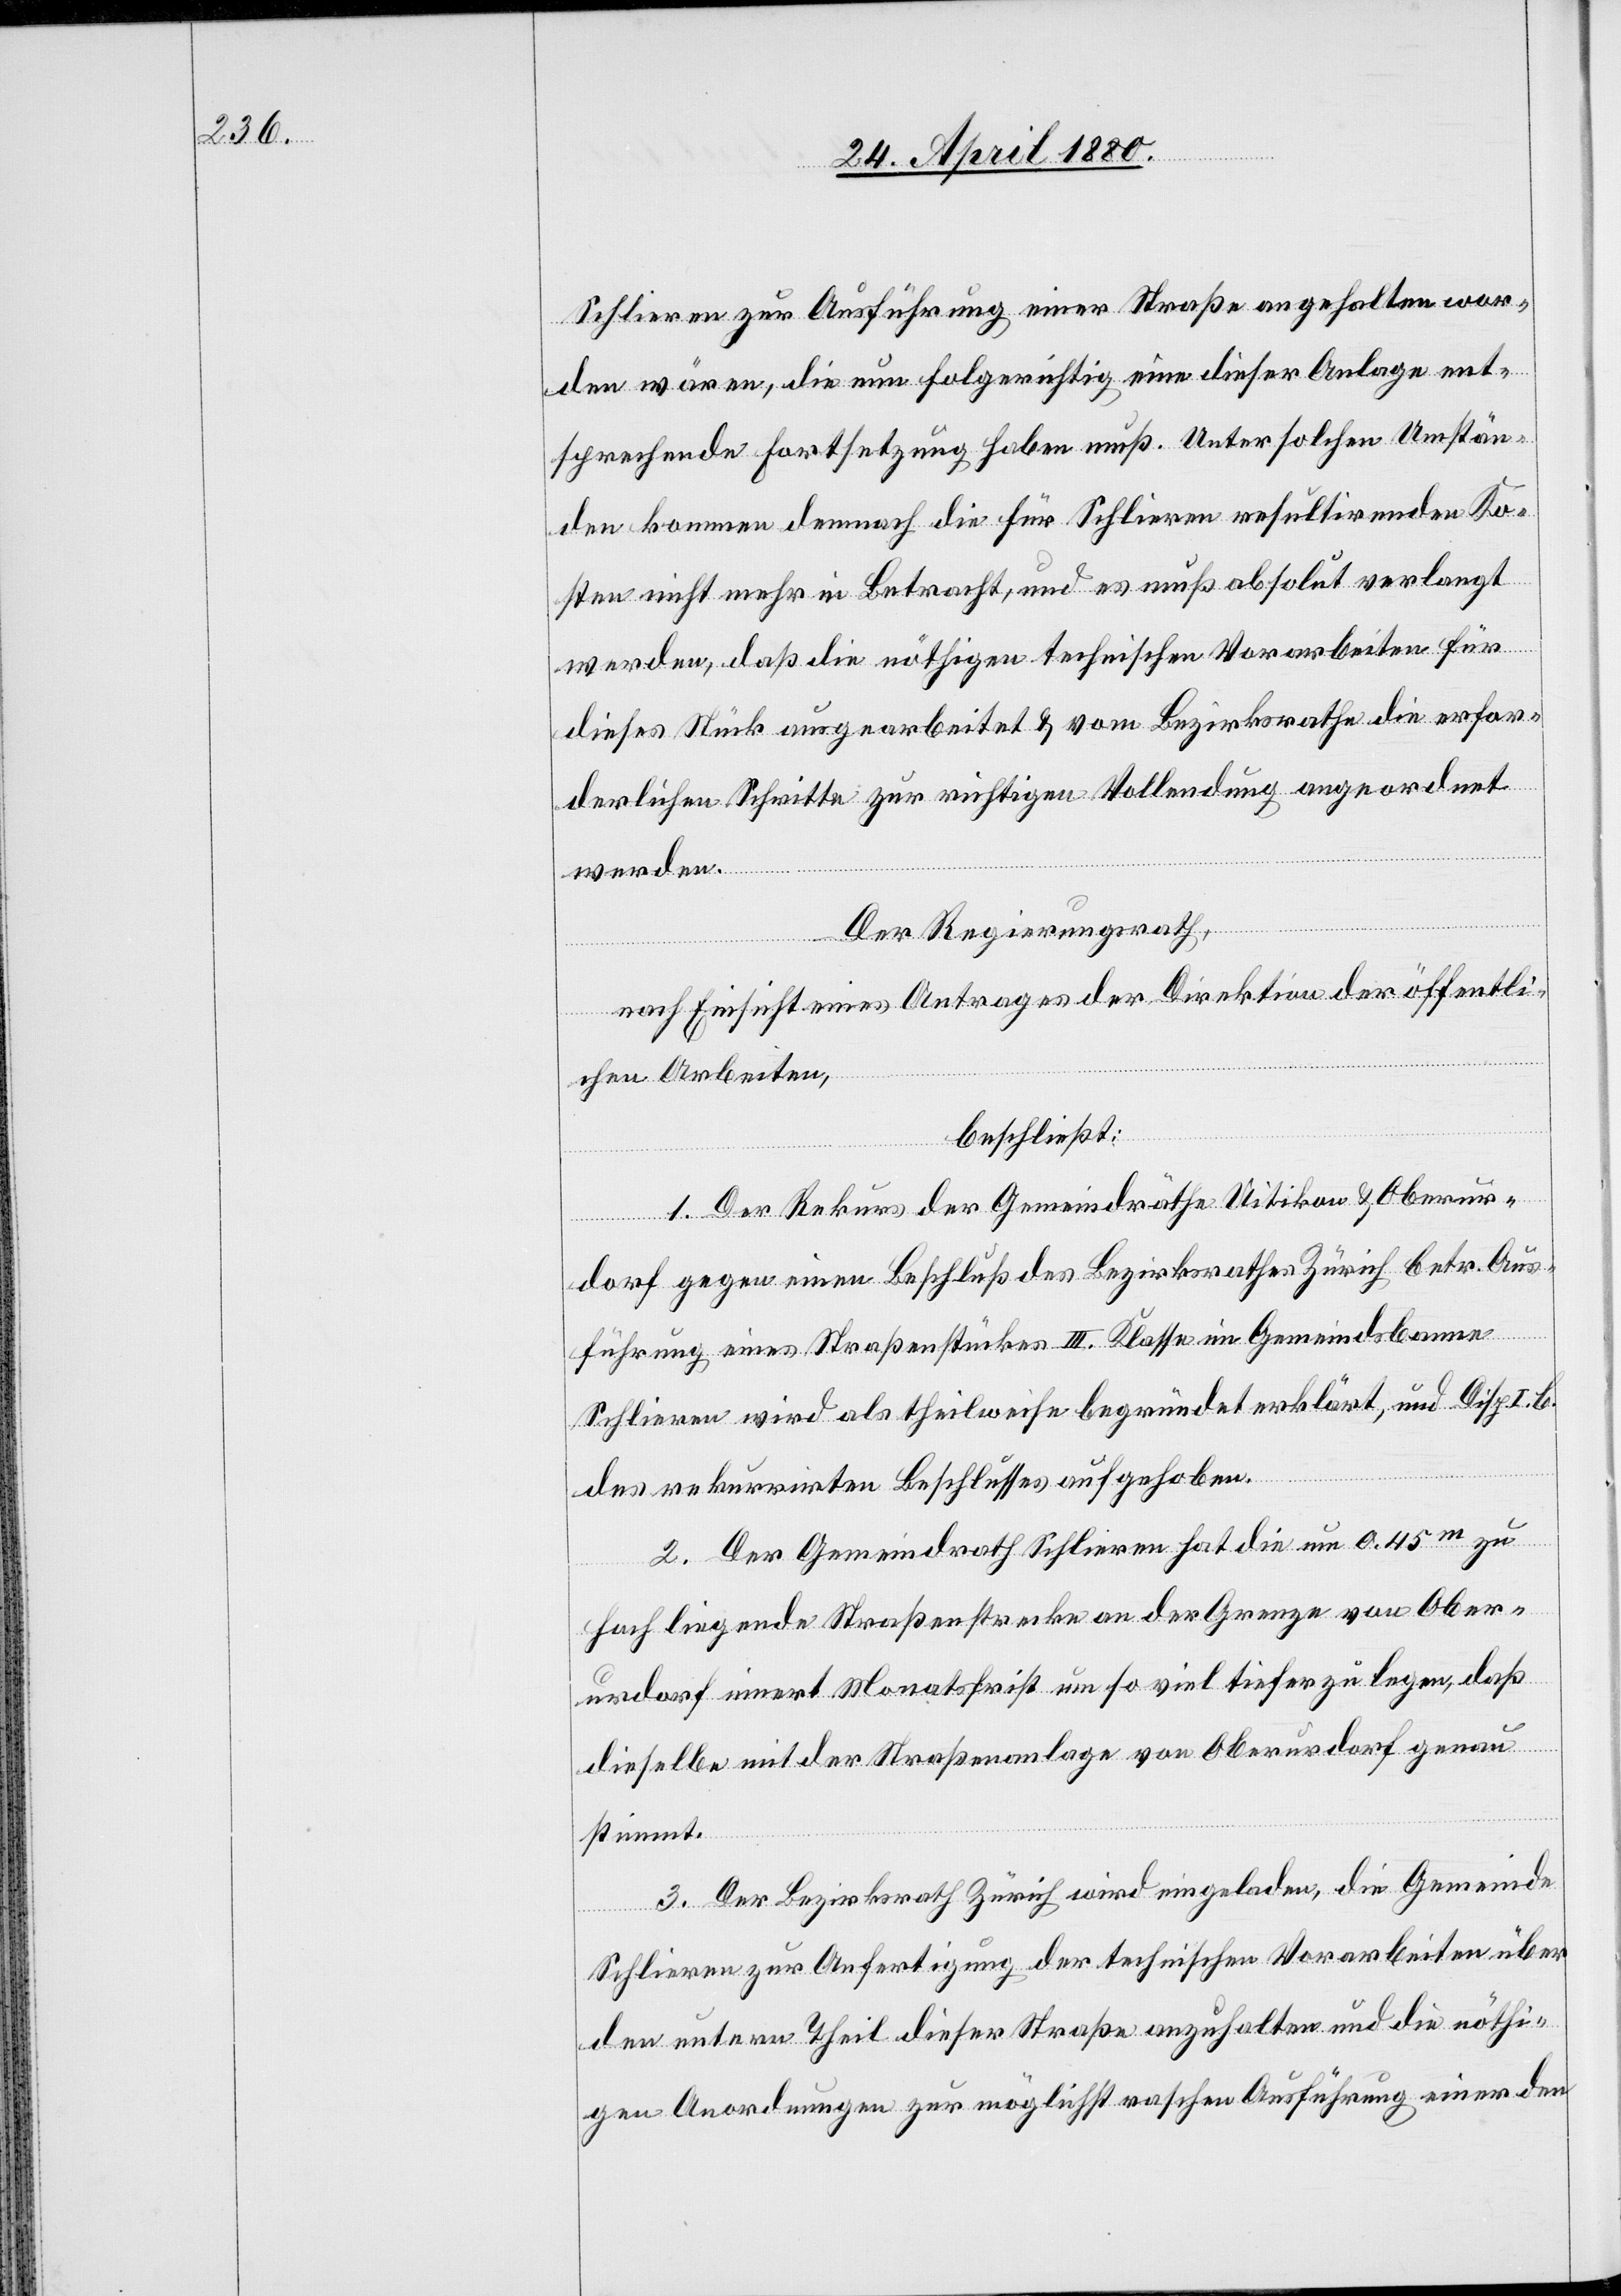
Schlieren zur Ausführung einer Straße angehalten wor¬
den wären, die nun folgerichtig eine dieser Anlage ent¬
sprechende Fortsetzung haben muß. Unter solchen Umstän¬
den kommen demnach die für Schlieren resultirenden Ko¬
sten nicht mehr in Betracht, und es muß absolut verlangt
werden, daß die nöthigen technischen Vorarbeiten für
dieses Stück ausgearbeitet & vom Bezirksrathe die erfor¬
derlichen Schritte zur richtigen Vollendung angeordnet
werden.
Der Regierungsrath,
nach Einsicht eines Antrages der Direktion der öffentli¬
chen Arbeiten,
beschließt:
1. Der Rekurs der Gemeindräthe Uitikon & Oberur¬
dorf gegen einen Beschluß des Bezirksrathes Zürich betr. Aus¬
führung eines Straßenstückes III. Klasse im Gemeindsbanne
Schlieren wird als theilweise begründet erklärt, und Disp. I.
b.
des rekurrirten Beschlusses aufgehoben.
2. Der Gemeindrath Schlieren hat die um 0.45m zu
hoch liegende Straßenstrecke an der Grenze von Ober¬
urdorf innert Monatsfrist um so viel tiefer zu legen, daß
dieselbe mit der Straßenanlage von Oberurdorf genau
stimmt.
3. Der Bezirksrath Zürich wird eingeladen, die Gemeinde
Schlieren zur Anfertigung der technischen Vorarbeiten über
den untern Theil dieser Straße anzuhalten und die nöthi¬
gen Anordnungen zur möglichst raschen Ausführung einer den